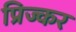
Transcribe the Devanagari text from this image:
प्रिज्कर